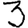
Digit: 3